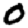
Digit: 0